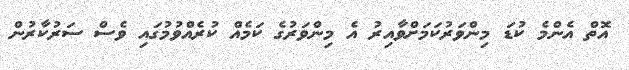
އޮތް އެންމެ ކުޑަ މިންވަރުކަމަށްވާއިރު އެ މިންވަރުގެ ކަމެއް ކުރެއްވުމުގައި ވެސް ސަރުކާރުން